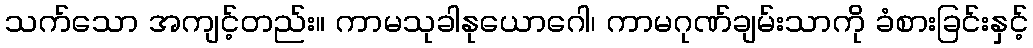
သက်သော အကျင့်တည်း။ ကာမသုခါနုယောဂေါ၊ ကာမဂုဏ်ချမ်းသာကို ခံစားခြင်းနှင့်